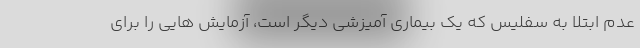
عدم ابتلا به سفلیس که یک بیماری آمیزشی دیگر است، آزمایش هایی را برای